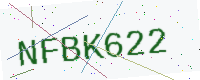
Text: NFBK622